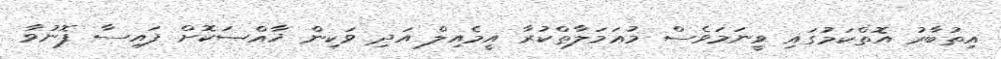
އިތުބާރު އޮތްކަމުގައި ވީނަމަވެސް މުޢަމަލާތްކުރާ އީމެއިލް އަދި ވަކިން ޚާއްޞަކޮށް ފައިސާ ފޮނުވާ